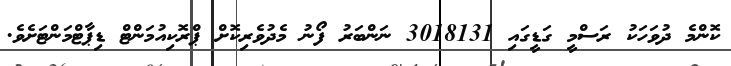
ކޮންމެ ދުވަހަކު ރަސްމީ ގަޑީގައި 3018131 ނަންބަރު ފޯނު މެދުވެރިކޮށް ޕްރޮކިއުމަންޓް ޑިޕާޓްމަންޓަށެވެ.